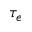
\tau _ { e }